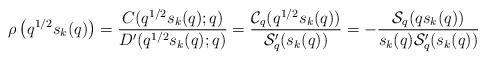
LaTeX: \begin{align*} \rho\left(q^{1/2}s_{k}(q)\right)=\frac{C(q^{1/2}s_{k}(q);q)}{D'(q^{1/2}s_{k}(q);q)}=\frac{\mathcal{C}_{q}(q^{1/2}s_{k}(q))}{\mathcal{S}_{q}'(s_{k}(q))}=-\frac{\mathcal{S}_{q}(qs_{k}(q))}{s_{k}(q)\mathcal{S}_{q}'(s_{k}(q))} \end{align*}